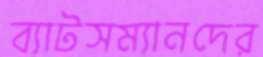
ব্যাটসম্যানদের